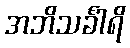
အဘိသင်္ခါရိ